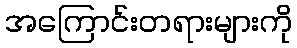
အကြောင်းတရားများကို